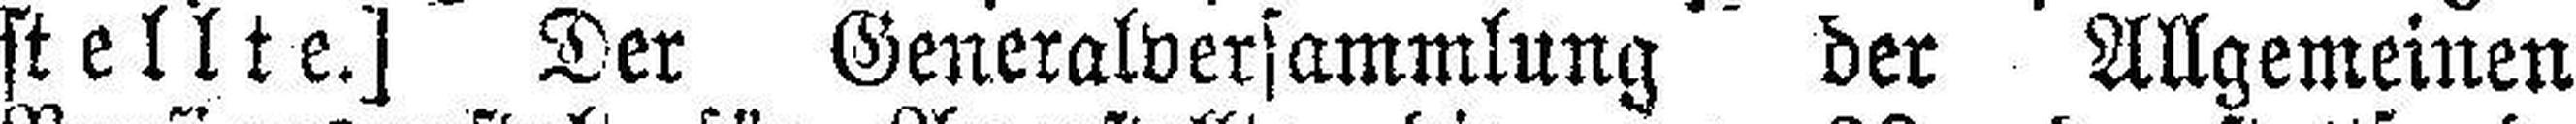
stellte.] Der Generalversammlung der Allgemeinen